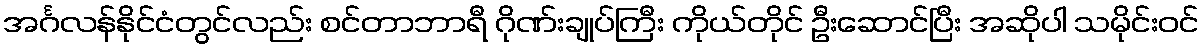
အင်္ဂလန်နိုင်ငံတွင်လည်း စင်တာဘာရီ ဂိုဏ်းချုပ်ကြီး ကိုယ်တိုင် ဦးဆောင်ပြီး အဆိုပါ သမိုင်းဝင်